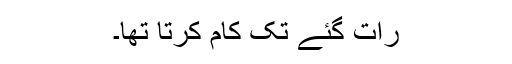
رات گئے تک کام کرتا تھا۔